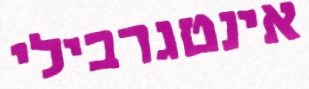
אינטגרבילי